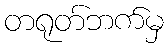
တရုတ်ဘက်မှ